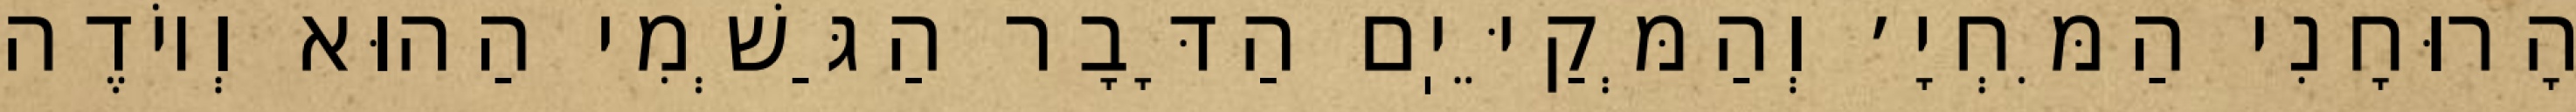
הָרוּחָנִי הַמִּחְיָ׳ וְהַמְּקַיֵּיֽם הַדָּבָר הַגַּשְׁמִי הַהוּא וְיוֹדֶה